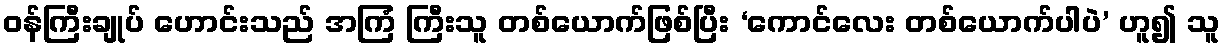
ဝန်ကြီးချုပ် ဟောင်းသည် အကြံ ကြီးသူ တစ်ယောက်ဖြစ်ပြီး ‘ကောင်လေး တစ်ယောက်ပါပဲ’ ဟူ၍ သူ